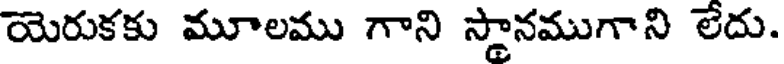
యెరుకకు మూలము గాని స్థానముగాని లేదు.